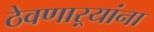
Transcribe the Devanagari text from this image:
ठेवणाऱ्यांना